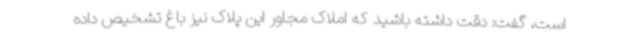
است، گفت: دقت داشته باشید که املاک مجاور این پلاک نیز باغ تشخیص داده